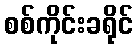
စစ်ကိုင်းခရိုင်